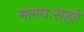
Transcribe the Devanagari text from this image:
मलयःसह्यो